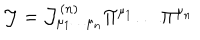
{ \cal J } = { \cal J } _ { \mu _ { 1 } \dots \mu _ { n } } ^ { ( n ) } \Pi ^ { \mu _ { 1 } } \dots \Pi ^ { \mu _ { n } }